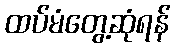
ထပ်မံတွေ့ဆုံရန်